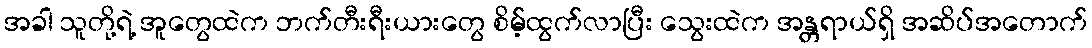
အခါ သူတို့ရဲ့ အူတွေထဲက ဘက်တီးရီးယားတွေ စိမ့်ထွက်လာပြီး သွေးထဲက အန္တရာယ်ရှိ အဆိပ်အတောက်